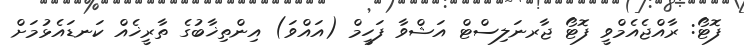
ފޮޓޯ: ރާއްޖެއެމްވީ ފޮޓޯ ޖާރނަލިސްޓް އަޝްވާ ފަހީމް (އައްވަ) އިންތިޚާބުގެ ތާރީޚެއް ކަނޑައެޅުމަށް